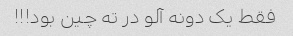
فقط یک دونه آلو در ته چین بود!!!